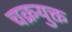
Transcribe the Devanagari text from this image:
चक्रयुक्त